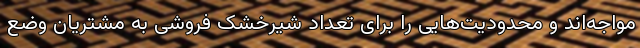
مواجه‌اند و محدودیت‌هایی را برای تعداد شیرخشک فروشی به مشتریان وضع